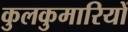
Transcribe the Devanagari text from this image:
कुलकुमारियों